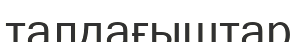
талдағыштар